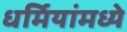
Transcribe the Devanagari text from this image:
धर्मियांमध्ये